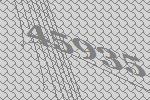
45935